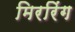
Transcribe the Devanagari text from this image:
मिररिंग